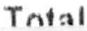
TOTAL